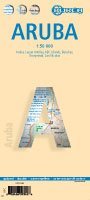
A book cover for Aruba 1:50,000 & Oranjestad 1:10 000 Travel Map, waterproof, BORCH; Borch GmbH; Travel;